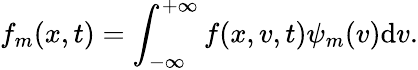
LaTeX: f_{m}(x,t)=\int_{-\infty}^{+\infty}f(x,v,t)\psi_{m}(v)\mathrm{d}v.